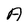
Character: A